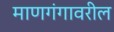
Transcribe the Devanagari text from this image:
माणगंगावरील